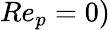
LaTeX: Re_{p}=0)